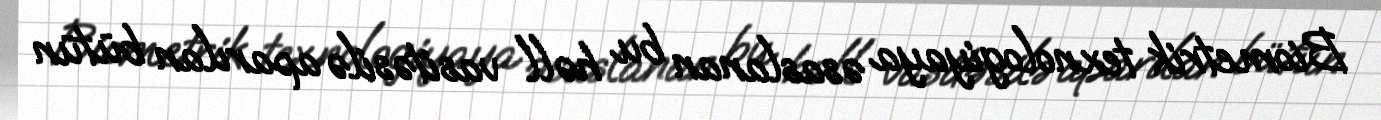
Biometrik texnologiyaya əsaslanan bu həll vasitəsilə aparılan bütün